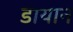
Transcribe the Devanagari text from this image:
डायान